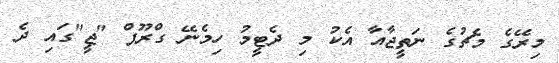
މިރޭގެ މެޗުގެ ނަތީޖާއާ އެކު މި ދެޓީމު ހިމެނޭ ގްރޫޕް "ޖީ"ގައި ދެ